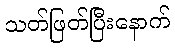
သတ်ဖြတ်ပြီးနောက်